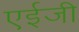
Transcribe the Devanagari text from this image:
एईजी